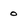
Character: 0